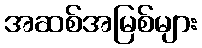
အဆစ်အမြစ်များ